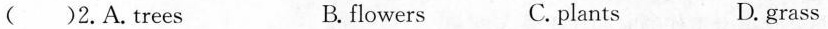
( )2.A.trees B. flowers C. plants D. grass